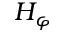
H _ { \varphi }